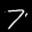
Label: 7